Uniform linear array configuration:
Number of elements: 32
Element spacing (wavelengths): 0.75
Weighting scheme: hamming
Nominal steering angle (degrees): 60
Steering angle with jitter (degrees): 58.635
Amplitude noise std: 0.05
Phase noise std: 0.05

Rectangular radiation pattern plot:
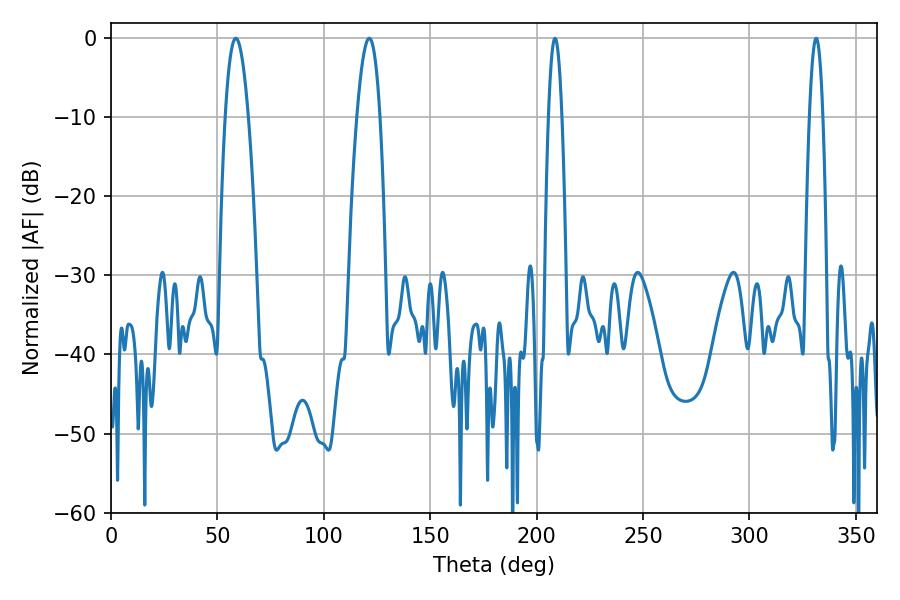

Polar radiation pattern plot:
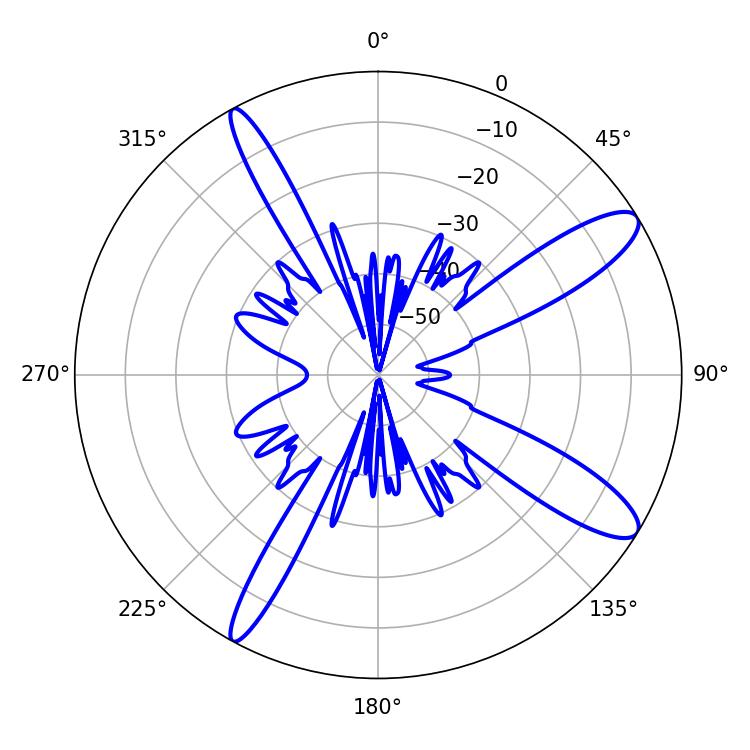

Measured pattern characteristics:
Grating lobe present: TRUE
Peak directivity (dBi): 11.912
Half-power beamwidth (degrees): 5.94
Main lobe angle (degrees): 58.68